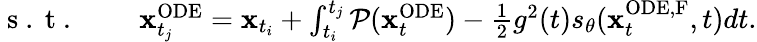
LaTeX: \begin{array}{rl}{\mathrm{~s~.~t~.~}\quad}&{{}\mathbf{x}_{t_{j}}^{\mathrm{ODE}}=\mathbf{x}_{t_{i}}+\int_{t_{i}}^{t_{j}}\mathcal{P}(\mathbf{x}_{t}^{\mathrm{ODE}})-\frac{1}{2}g^{2}(t)s_{\theta}(\mathbf{x}_{t}^{\mathrm{ODE,F}},t)dt.}\end{array}